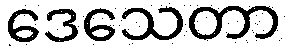
ဒေသေတာ